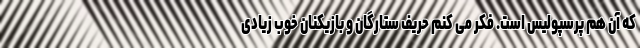
که آن هم پرسپولیس است. فکر می کنم حریف ستارگان و بازیکنان خوب زیادی